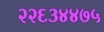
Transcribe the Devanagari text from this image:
२२६३४४७५